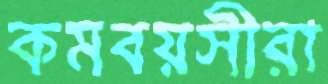
কমবয়সীরা